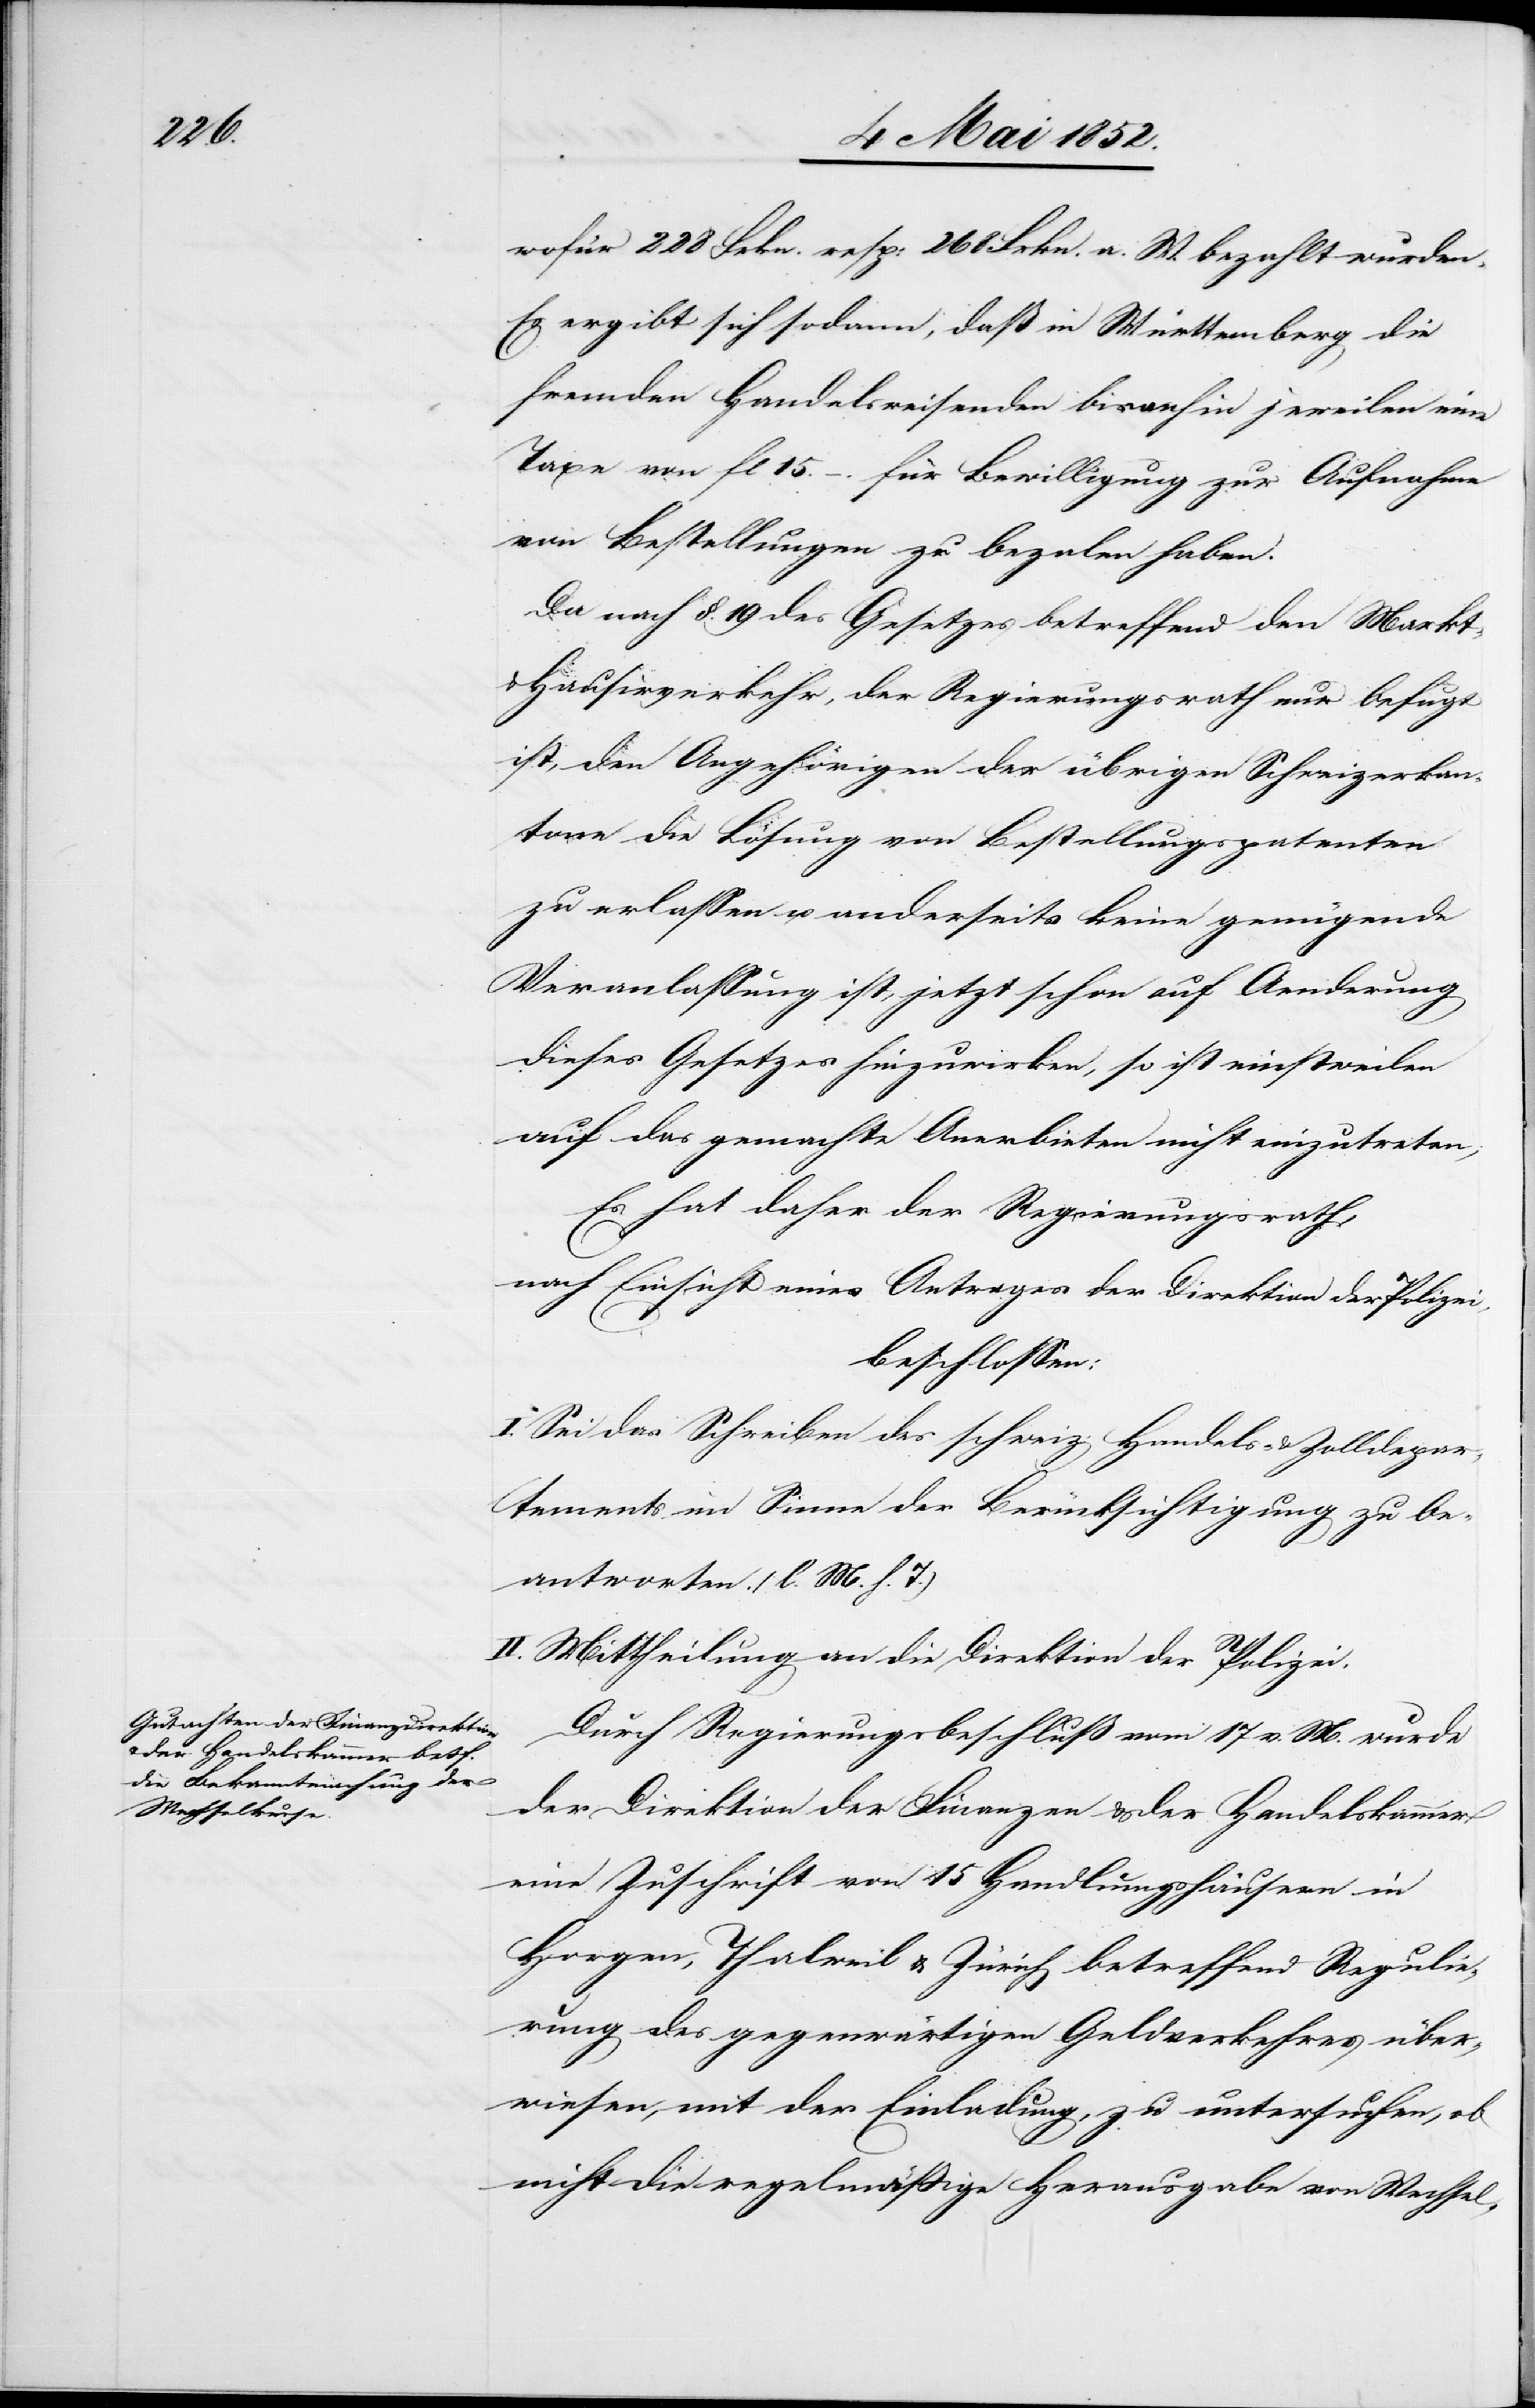
wofür 228 Frkn. resp: 268 Frkn. a. W. bezahlt wurden.
Es ergibt sich sodann, daß in Württemberg die
fremden Handelsreisenden bisanhin jeweilen eine
Taxe von fl 15. –. für Bewilligung zur Aufnahme
von Bestellungen zu beza[h]len haben.
Da nach §. 19 des Gesetzes betreffend den Markt-
Hausirverkehr, der Regierungsrath nur befugt
ist, den Angehörigen der übrigen Schweizerkan¬
tone die Lösung von Bestellungspatenten
zu erlassen u. anderseits keine genügende
Veranlassung ist, jetzt schon auf Aenderung
dieses Gesetzes hinzuwirken, so ist einstweilen
auf das gemachte Anerbieten nicht einzutreten;
Es hat daher der Regierungsrath,
nach Einsicht eines Antrages der Direktion der Polizei,
beschlossen:
I. Sei das Schreiben des schweiz: Handels- & Zolldepar¬
tements im Sinne der Berücksichtigung zu be¬
antworten. (l. M. h. T.)
II. Mittheilung an die Direktion der Polizei.
Durch Regierungsbeschluß vom 17 v. M. wurde
der Direktion der Finanzen & der Handelskammer
eine Zuschrift von 15 Handlungshäusern in
Horgen, Thalweil & Zürich betreffend Regulie¬
rung des gegenwärtigen Geldverkehres über¬
wiesen, mit der Einladung, zu untersuchen, ob
nicht die regelmässige Herausgabe von Wechsel-